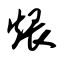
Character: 煨